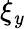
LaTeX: \xi_{\mathit{y}}